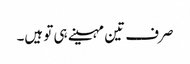
صرف تین مہینے ہی تو ہیں۔